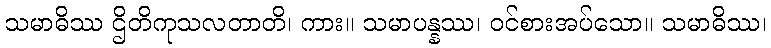
သမာဓိဿ ဌိတိကုသလတာတိ၊ ကား။ သမာပန္နဿ၊ ဝင်စားအပ်သော။ သမာဓိဿ၊